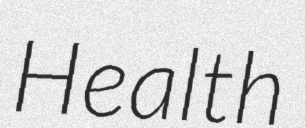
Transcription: Health